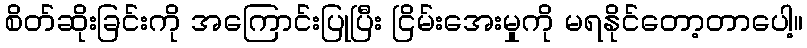
စိတ်ဆိုးခြင်းကို အကြောင်းပြုပြီး ငြိမ်းအေးမှုကို မရနိုင်တော့တာပေါ့။